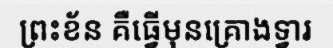
ព្រះខ័ន គឺធ្វើមុនគ្រោងទ្វារ